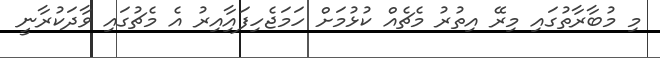
މި މުބާރާތުގައި މިރޭ އިތުރު މެޗެއް ކުޅުމަށް ހަމަޖެހިފައިާއިރު އެ މެޗުގައި ވާދަކުރާނީ